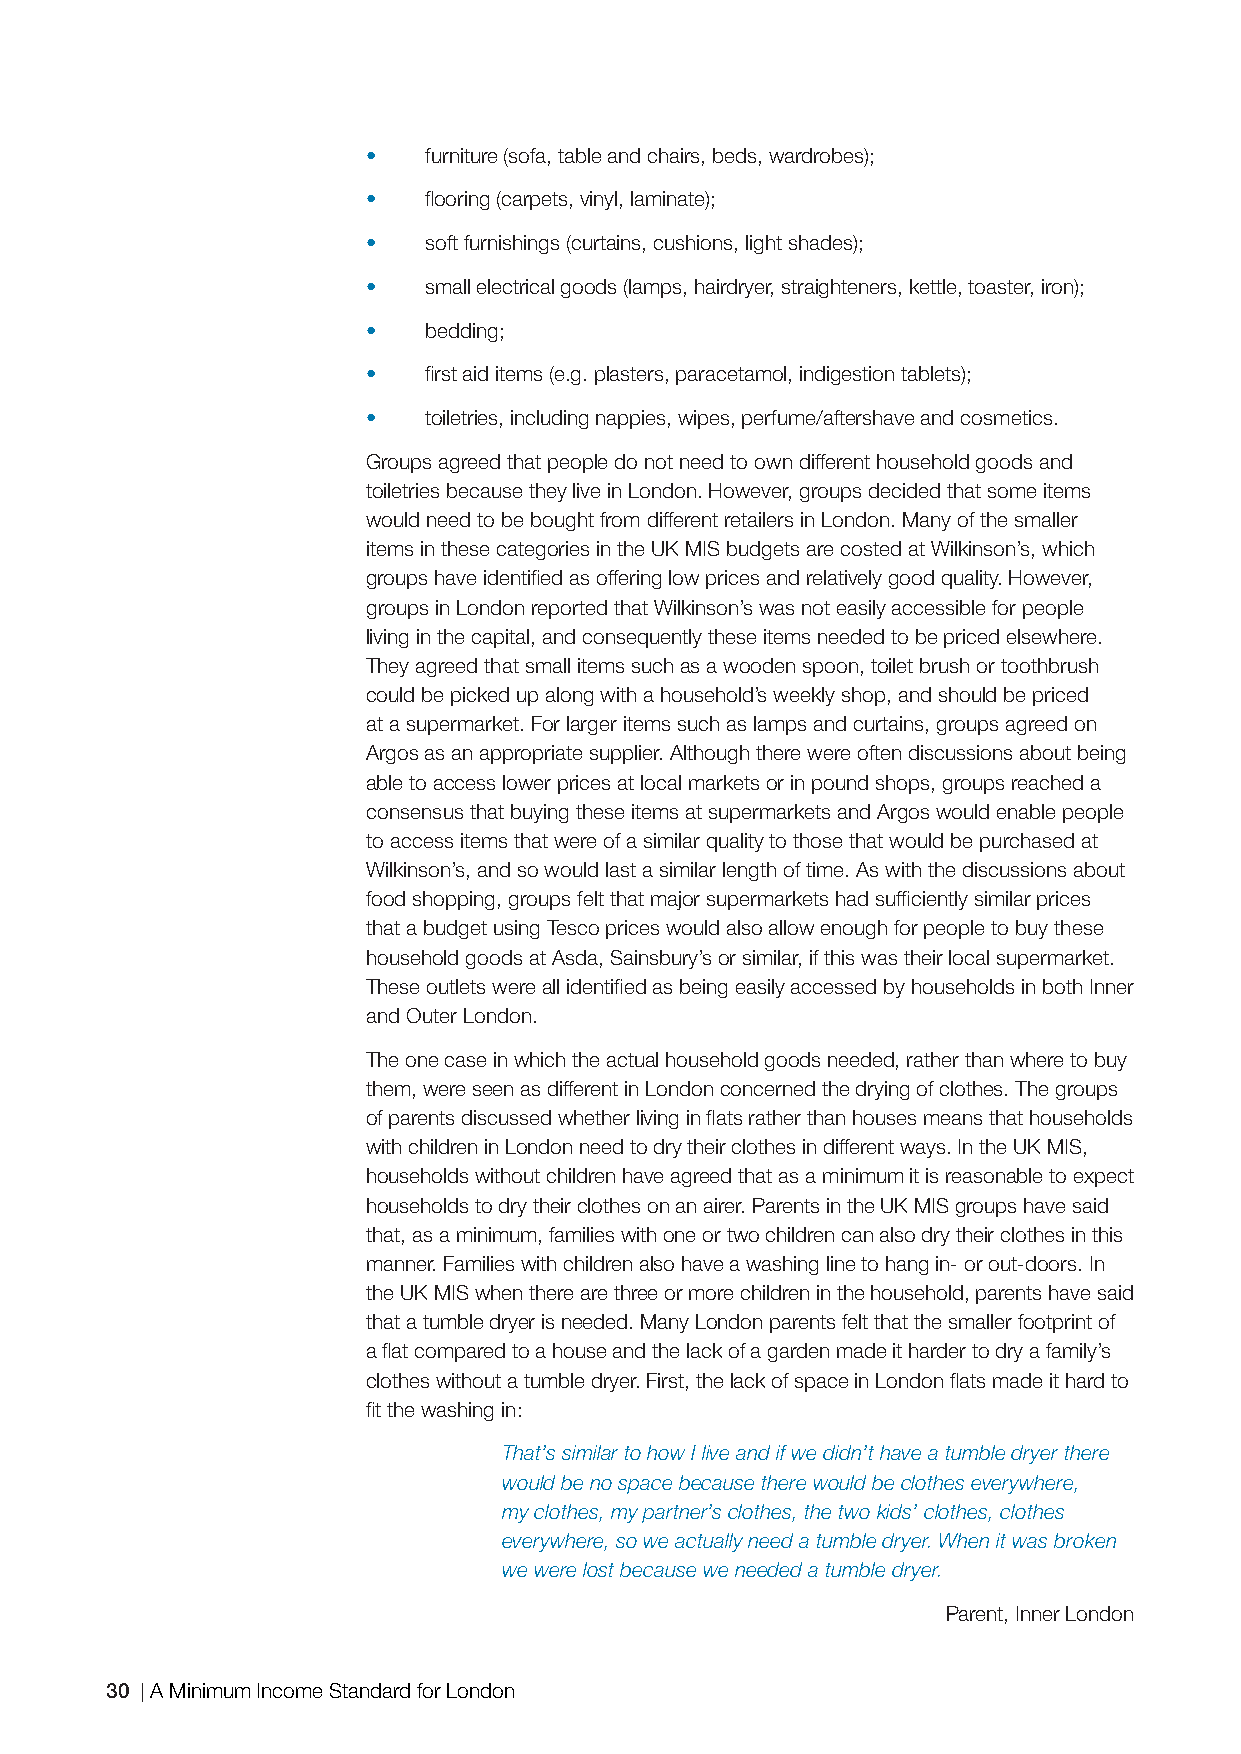
•   furniture (sofa, table and chairs, beds, wardrobes);
 •   fl ooring (carpets, vinyl, laminate);
 •   soft furnishings (curtains, cushions, light shades);
 •   small electrical goods (lamps, hairdryer, straighteners, kettle, toaster, iron);
 •   bedding;
 •   fi rst aid items (e.g. plasters, paracetamol, indigestion tablets);
 •   toiletries, including nappies, wipes, perfume/aftershave and cosmetics.
 Groups agreed that people do not need to own different household goods and
 toiletries because they live in London. However, groups decided that some items
 would need to be bought from different retailers in London. Many of the smaller
 items in these categories in the UK MIS budgets are costed at Wilkinson’s, which
 groups have identifi ed as offering low prices and relatively good quality. However,
 groups in London reported that Wilkinson’s was not easily accessible for people
 living in the capital, and consequently these items needed to be priced elsewhere.
 They agreed that small items such as a wooden spoon, toilet brush or toothbrush
 could be picked up along with a household’s weekly shop, and should be priced
 at a supermarket. For larger items such as lamps and curtains, groups agreed on
 Argos as an appropriate supplier. Although there were often discussions about being
 able to access lower prices at local markets or in pound shops, groups reached a
 consensus that buying these items at supermarkets and Argos would enable people
 to access items that were of a similar quality to those that would be purchased at
 Wilkinson’s, and so would last a similar length of time. As with the discussions about
 food shopping, groups felt that major supermarkets had suffi ciently similar prices
 that a budget using Tesco prices would also allow enough for people to buy these
 household goods at Asda, Sainsbury’s or similar, if this was their local supermarket.
 These outlets were all identifi ed as being easily accessed by households in both Inner
 and Outer London.
 The one case in which the actual household goods needed, rather than where to buy
 them, were seen as different in London concerned the drying of clothes. The groups
 of parents discussed whether living in fl ats rather than houses means that households
 with children in London need to dry their clothes in different ways. In the UK MIS,
 households without children have agreed that as a minimum it is reasonable to expect
 households to dry their clothes on an airer. Parents in the UK MIS groups have said
 that, as a minimum, families with one or two children can also dry their clothes in this
 manner. Families with children also have a washing line to hang in- or out-doors. In
 the UK MIS when there are three or more children in the household, parents have said
 that a tumble dryer is needed. Many London parents felt that the smaller footprint of
 a fl at compared to a house and the lack of a garden made it harder to dry a family’s
 clothes without a tumble dryer. First, the lack of space in London fl ats made it hard to
 fi t the washing in:
 That’s similar to how I live and if we didn’t have a tumble dryer there
 would be no space because there would be clothes everywhere,
 my clothes, my partner’s clothes, the two kids’ clothes, clothes
 everywhere, so we actually need a tumble dryer. When it was broken
 we were lost because we needed a tumble dryer.
 Parent, Inner London
 30 A Minimum Income Standard for London